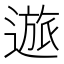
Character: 𲅭